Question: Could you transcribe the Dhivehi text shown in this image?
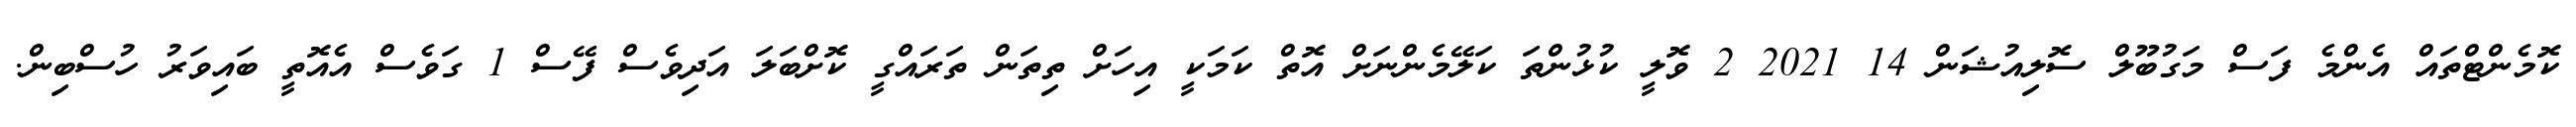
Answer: ކޮމެންޓްތައް އެންމެ ފަސް މަގުބޫލް ސޮލިއުޝަން 14 2021 2 ވޮލީ ކުޅުންތަ ކަލޭމެންނަށް އޮތް ކަމަކީ އިހަށް ތިތަން ތަރައްގީ ކޮށްބަލަ އަދިވެސް ފޭސް 1 ގަވެސް އެއޮތީ ބައިވަރު ހުސްބިން.